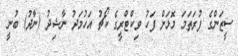
ސީޒަންގެ ފުރަތަމަ މޮޅަށް ފަހު ވިކްޓްރީގެ ކޯޗު އަހުމަދު ނާޝިދު (ނާދު) ބުނީ